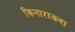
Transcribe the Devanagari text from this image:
किनाराकश